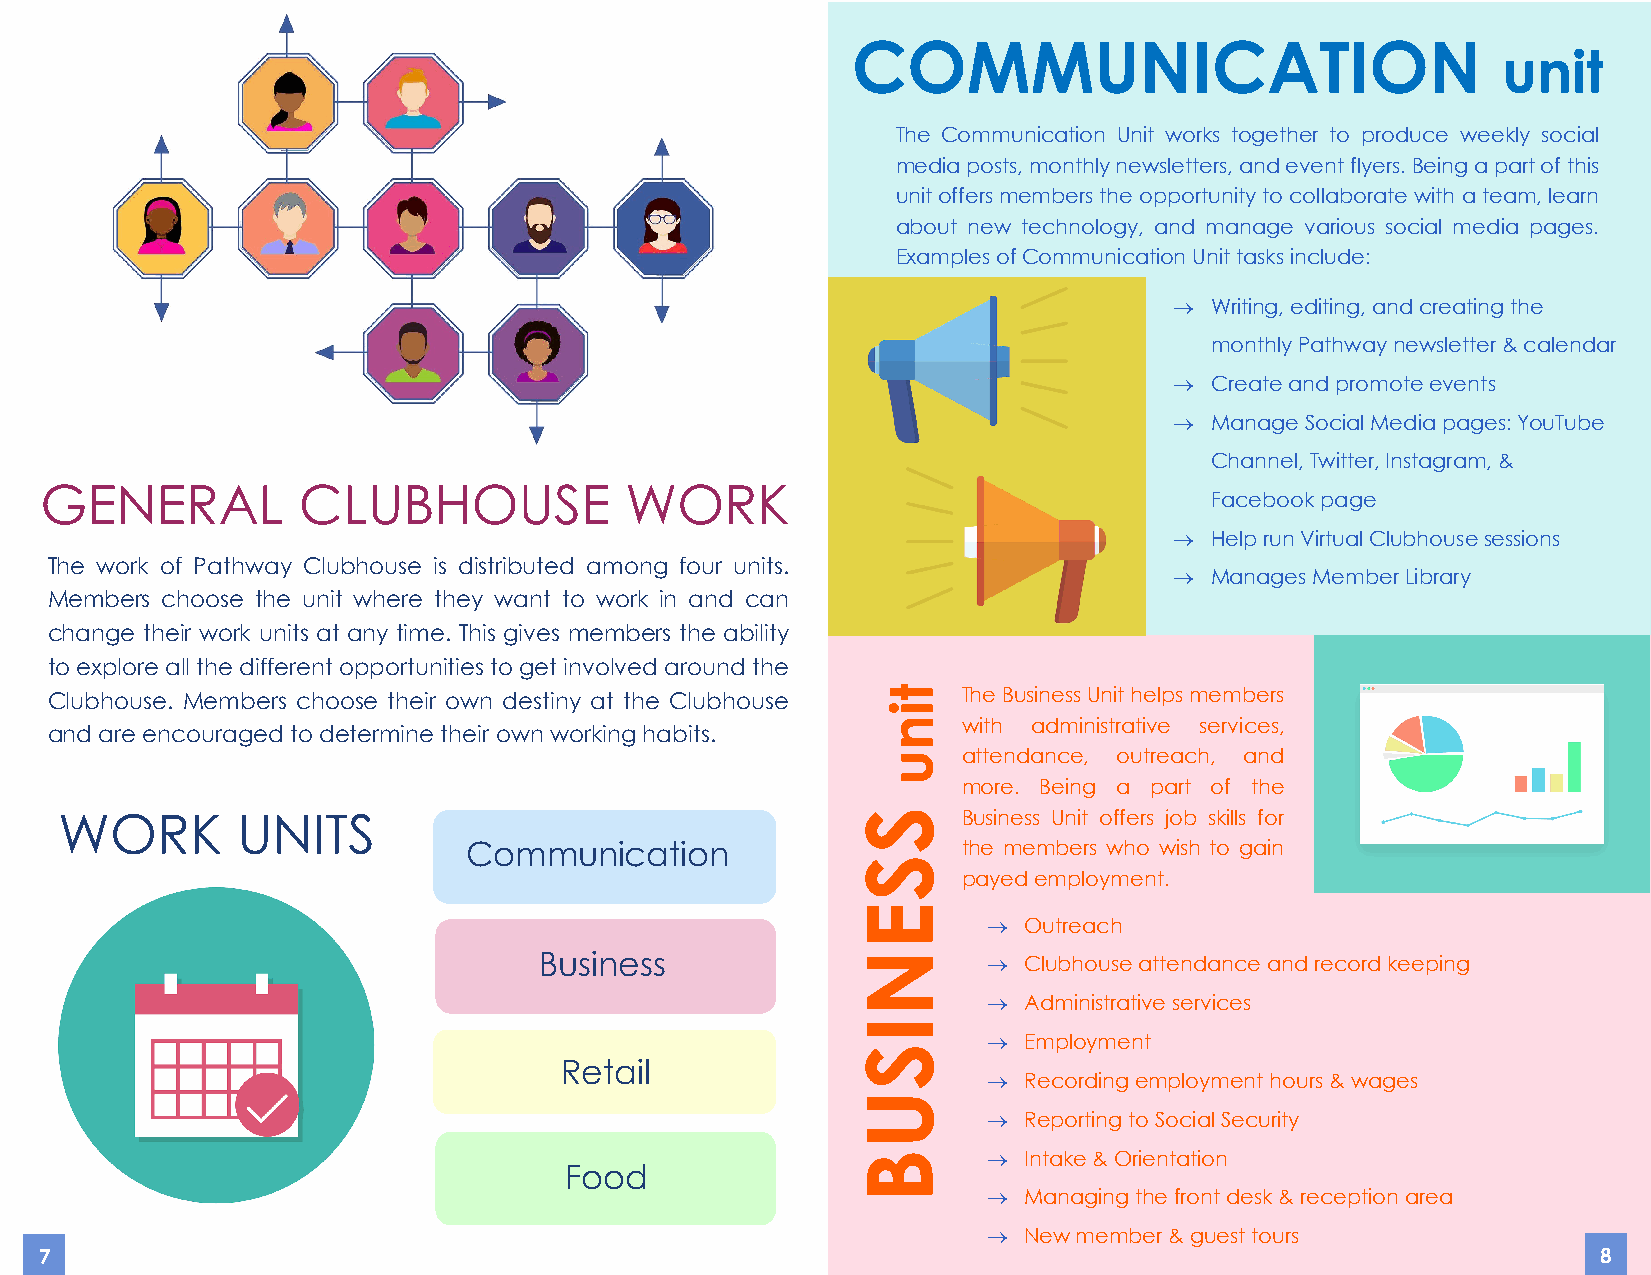
COMMUNICATION
 unit
 The Communication Unit works together to produce weekly social
 media posts, monthly newsletters, and event flyers. Being a part of this
 unit offers members the opportunity to collaborate with a team, learn
 about new technology, and manage various social media pages.
 Examples of Communication Unit tasks include:
 ® Writing, editing, and creating the
 monthly Pathway newsletter & calendar
 ® Create and promote events
 ® Manage Social Media pages: YouTube
 Channel, Twitter, Instagram, &
 GENERAL          CLUBHOUSE            WORK
 Facebook page
 ® Help run Virtual Clubhouse sessions
 The work of Pathway Clubhouse is distributed among four units.
 ® Manages Member Library
 Me mbers choose the unit where they want to work in and can
 change their work units at any time. This gives members the ability
 to explore all the different opportunities to get involved around the
 Clu bhouse. Members choose their own destiny at the Clubhouse The Business Unit helps members
 with administrative services,
 and are encouraged to determine their own working habits.
 attendance, outreach, and
 more. Being a part of the
 WORK        UNITS                                           Business Unit offers job skills for
 Communication                    the members who wish to gain
 payed e mployment.
 ®  Outreach
 Business                     ®  Clubhouse attendance and record keeping
 ®  Administrative services
 ®  Employment
 Retail
 ®  Recording employment hours & wages
 ®  Reporting to Social Security
 ®  Intake & Orientation
 Food
 ®  Managing the front desk & reception area
 ®  New member & guest tours
 7                                                                                                      8
 7                                                                                                      6
 SSENISUB
 tinu